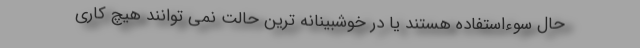
حال سوءاستفاده هستند یا در خوشبینانه ترین حالت نمی توانند هیچ کاری